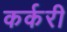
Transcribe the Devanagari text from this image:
कर्करी